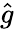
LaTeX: \hat{g}